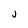
Character: j